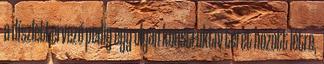
a díszlettervező pedig egy olyan konstruktív teret hozott létre,